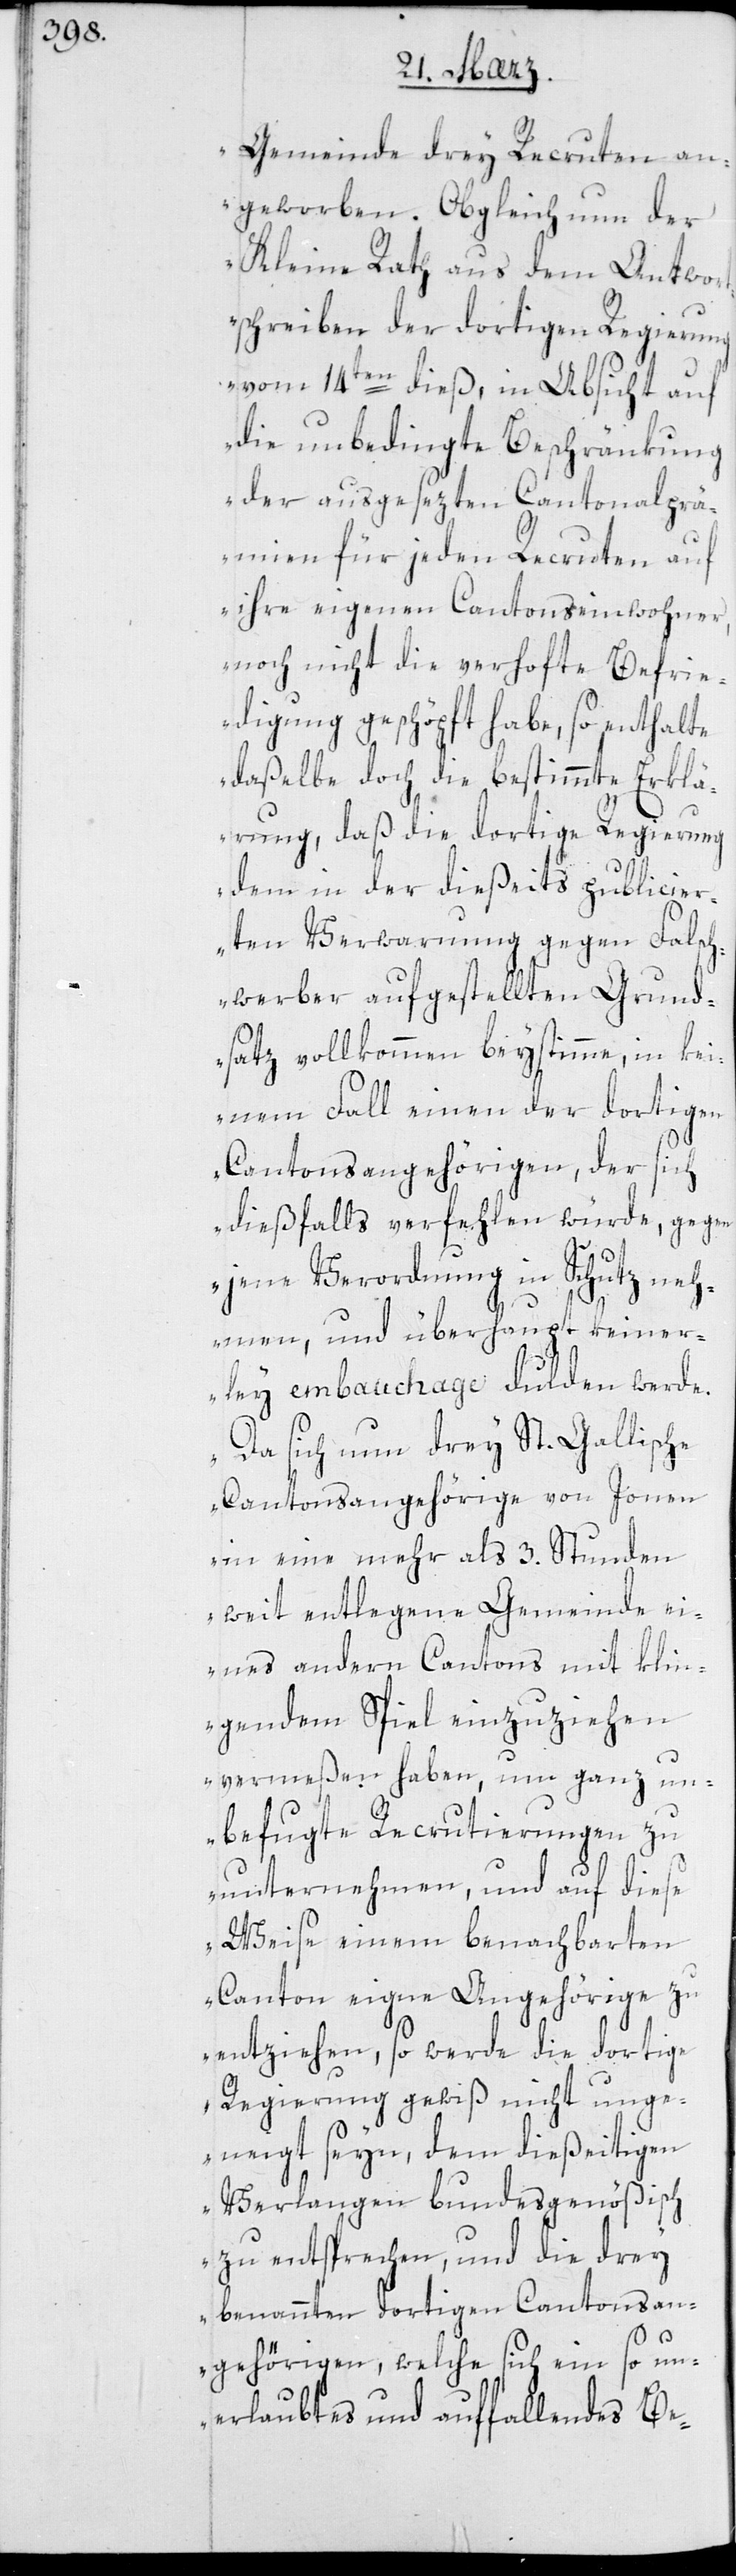
Gemeinde drey Recruten an¬
geworben. Obgleich nun der
Kleine Rath aus dem Antwor¬
tschreiben der dortigen Regierung
vom 14ten dieß, in Absicht auf
die unbedingte Beschränkung
der ausgesezten Cantonalprä¬
mien für jeden Recruten auf
ihre eigenen Cantonseinwohner,
noch nicht die verhoffte Befrie¬
digung geschöpft habe, so enthalte
daßelbe doch die bestimmte Erklä¬
rung, daß die dortige Regierung
dem in der dießeits publicier¬
ten Verwarnung gegen Falsch¬
werber aufgestellten Grund¬
satz vollkommen beystimme, in kei¬
nem Fall einen der dortigen
Cantonsangehörigen, der sich
dießfalls verfehlen würde, gegen
jene Verordnung in Schutz neh¬
men, und überhaupt keiner¬
ley embauchage dulden werde.
Da sich nun drey St. Gallische
Cantonsangehörige von Jonen
in eine mehr als 3. Stunden
weit entlegene Gemeinde ei¬
nes andern Cantons mit klin¬
gendem Spiel einzuziehen
vermeßen haben, um ganz un¬
befugte Recrutierungen zu
unternehmen, und auf diese
Weise einem benachbarten
Canton eigne Angehörige zu
entziehen, so werde die dortige
Regierung gewiß nicht unge¬
neigt seyn, dem dießeitigen
Verlangen bundesgenößisch
zu entsprechen, und die drey
benannten dortigen Cantonsan¬
gehörigen, welche sich ein so un¬
erlaubtes und auffallendes Be-